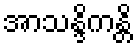
အာသန္ဒိကန္တိ